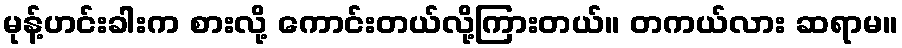
မုန့်ဟင်းခါးက စားလို့ ကောင်းတယ်လို့ကြားတယ်။ တကယ်လား ဆရာမ။